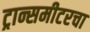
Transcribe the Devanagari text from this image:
ट्रान्समीटरचा